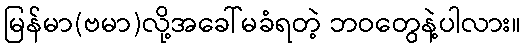
မြန်မာ(ဗမာ)လို့အခေါ်မခံရတဲ့ ဘဝတွေနဲ့ပါလား။